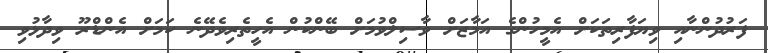
ފަރުދުންނާއި ވިޔަފާރިތަަކަށް އެމީހުންގެ އަމާޒަށް ވާސިލްވުމަށް ބޭންކުން އެހީތެރިވެދޭނެ ކަމަށް އެންޑްރޫ ވިދާޅުވި